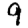
Digit: 9